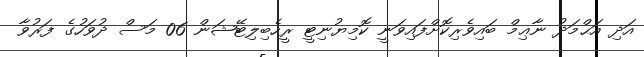
އަދި އަޙްމަދު ނާޢިމް ބައިވެރިކޮށްފައިވަނީ ކޮމިޔުނިޓީ ރީހެބިލިޓޭޝަން 06 މަސް ދުވަހުގެ ފަރުވާ